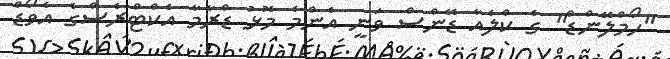
"ހޯމްލޭންޑް" ގެ ކްލެއާ ޑޭންސް ވަނީ އެންމެ މޮޅު ޑްރާމާ އެކްޓްރެސްގެ އެވޯޑް